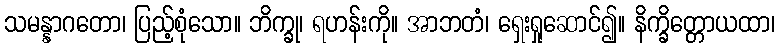
သမန္နာဂတော၊ ပြည့်စုံသော။ ဘိက္ခု၊ ရဟန်းကို။ အာဘတံ၊ ရှေးရှုဆောင်၍။ နိက္ခိတ္တောယထာ၊